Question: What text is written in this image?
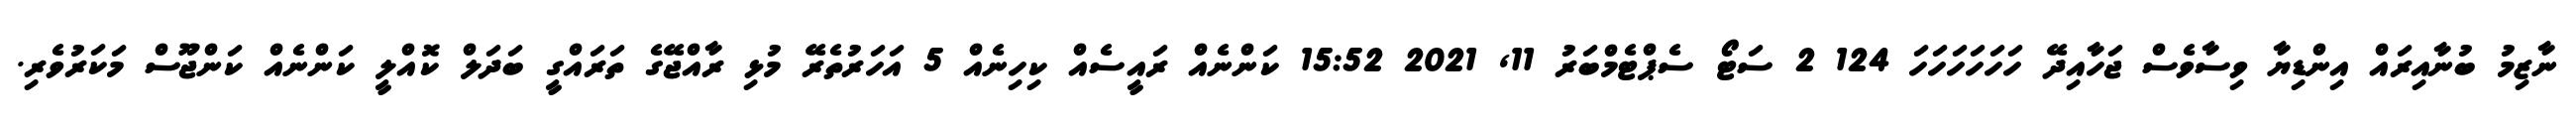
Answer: ނާޒިމު ބުނާއިރައް އިންޑިޔާ ވިސާވެސް ޖަހާއިދޭ ހަހަހަހަހަހަ 124 2 ސަޓޯ ސެޕްޓެމްބަރު 11, 2021 15:52 ކަންނެއް ރައީސެއް ކިހިނެއް 5 އަހަރުތެރޭ މުޅި ރާއްޖޭގެ ތަރައްގީ ބަދަލް ކޮއްލީ ކަންނެއް ކަންޖޫސް މަކަރުވެރި.